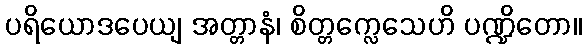
ပရိယောဒပေယျ အတ္တာနံ၊ စိတ္တက္လေသေဟိ ပဏ္ဍိတော။